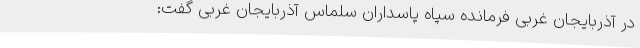
در آذربایجان غربی فرمانده سپاه پاسداران سلماس آذربایجان غربی گفت: